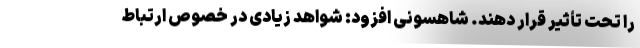
را تحت تأثیر قرار دهند. شاهسونی افزود: شواهد زیادی در خصوص ارتباط